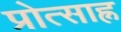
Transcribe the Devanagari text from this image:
प्रोत्साह्न